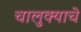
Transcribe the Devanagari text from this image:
चालुक्याचे